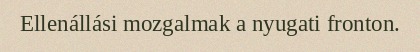
Ellenállási mozgalmak a nyugati fronton.